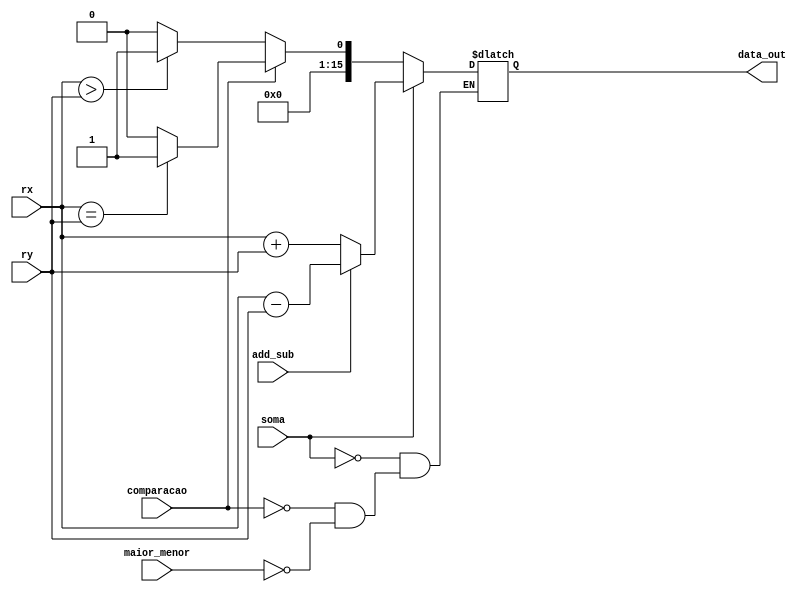
module addSub(add_sub, soma, maior_menor, comparacao, rx, ry, data_out);
//modulo de soma e subtrao, qnd o add_sub for 1 faz subtrao

	input add_sub, soma, maior_menor, comparacao;
	input [15:0] rx, ry;
	output reg[15:0] data_out;
	
	always @(*) begin
		case(1'b1)
			soma: begin 
				if (add_sub) begin
					data_out = rx - ry; // Subtrao
				end else begin
					data_out = rx + ry; // Adio
				end
			end
			comparacao: begin
				if(rx == ry) begin
					data_out = 16'b1;
				end else begin
					data_out = 16'b0;
				end
			end
			maior_menor: begin
				if(rx > ry) begin
					data_out = 16'b1;
				end else begin
					data_out = 16'b0;
				end
			end
		endcase
    end
	
endmodule